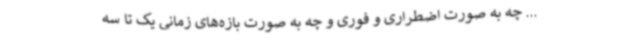
... چه به صورت اضطراری و فوری و چه به صورت بازه‌های زمانی یک تا سه